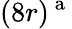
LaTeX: (8r)^{\mathrm{~a~}}